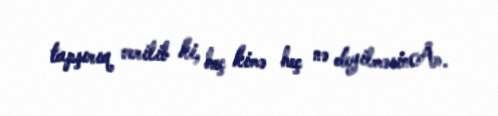
tapşırıq verilib ki, heç kimə heç nə deyilməsinÂ».